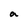
Character: a